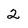
Character: 2